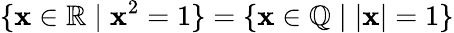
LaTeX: \{ \mathbf{x}\in\mathbb{{R}}\mid\mathbf{x}^{2}=1\} =\{ \mathbf{x}\in\mathbb{{Q}}\mid|\mathbf{x}|=1\}